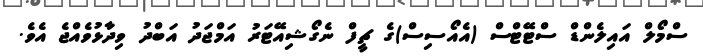
ސްމޯލް އައިލެންޑް ސްޓޭޓްސް (އެއޯސިސް)ގެ ޗީފް ނެގޯޝިއޭޓަރު އަމްޖަދު އަބްދު ވިދާޅުވެއްޖެ އެވެ.